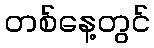
တစ်နေ့တွင်